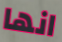
انها